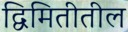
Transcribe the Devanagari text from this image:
द्विमितीतील